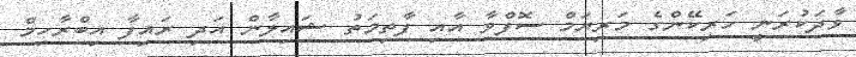
ވާދަކުރަނީ ހަރިކޭންގެ މަރިޔަމް ސޮފްވާ އާއި ފާތިމަތު ޝައިލާން އަދި ރައިފާ އިބްރާހިމް